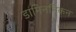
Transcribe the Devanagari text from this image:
डामिननिकन